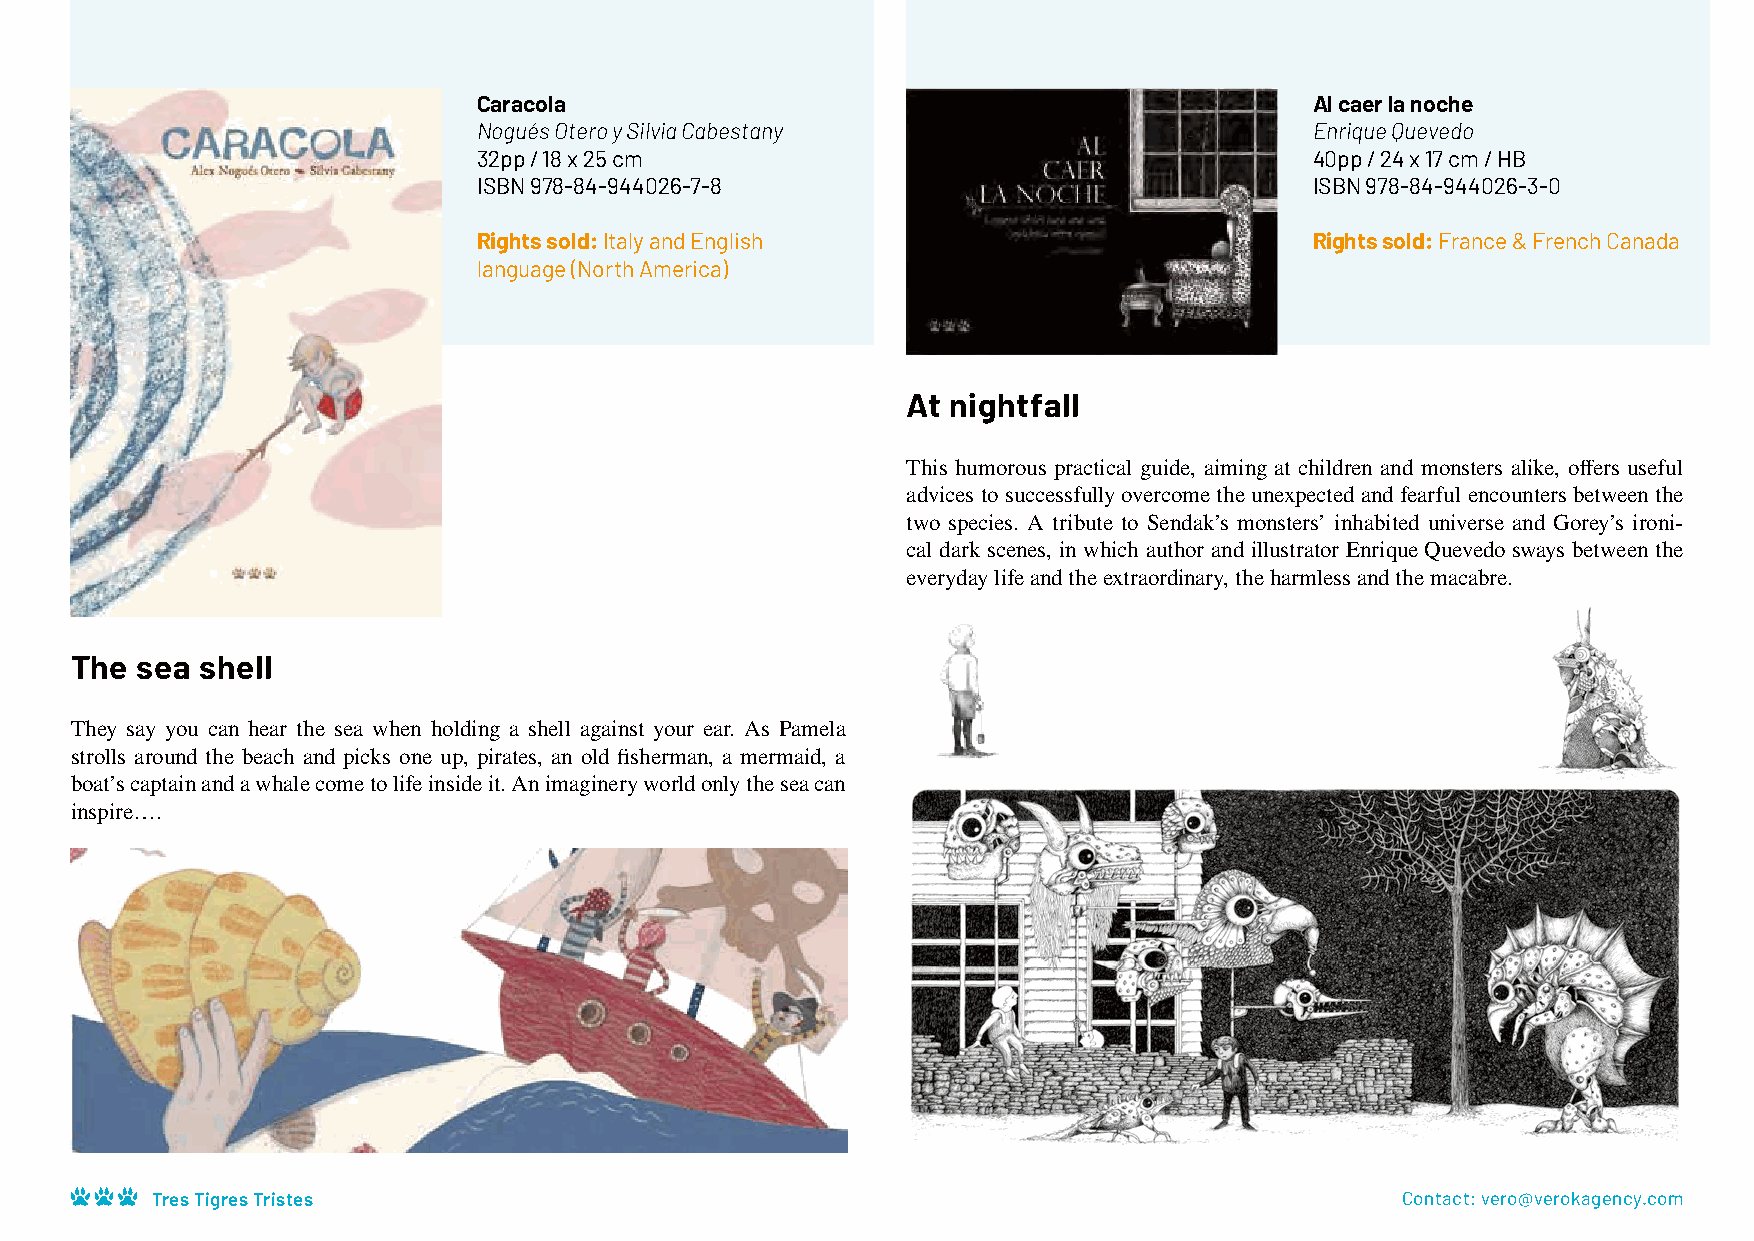
Caracola                                               Al caer la noche
 Nogués Otero y Silvia Cabestany                        Enrique Quevedo
 32pp / 18 x 25 cm                                      40pp / 24 x 17 cm / HB
 ISBN 978-84-944026-7-8                                 ISBN 978-84-944026-3-0
 Rights sold: Italy and English                         Rights sold: France & French Canada
 language (North America)
 At nightfall
 This humorous practical guide, aiming at children and monsters alike, offers useful
 advices to successfully overcome the unexpected and fearful encounters between the
 two species. A tribute to Sendak’s monsters’ inhabited universe and Gorey’s ironi-
 cal dark scenes, in which author and illustrator Enrique Quevedo sways between the
 everyday life and the extraordinary, the harmless and the macabre.
 The sea shell
 They say you can hear the sea when holding a shell against your ear. As Pamela
 strolls around the beach and picks one up, pirates, an old fisherman, a mermaid, a
 boat’s captain and a whale come to life inside it. An imaginery world only the sea can
 inspire….
 Tres Tigres Tristes                                                                Contact: vero@verokagency.com